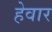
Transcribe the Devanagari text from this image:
हेवार